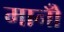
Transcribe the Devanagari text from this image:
मानोँ